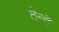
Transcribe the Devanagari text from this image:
तेन्दै